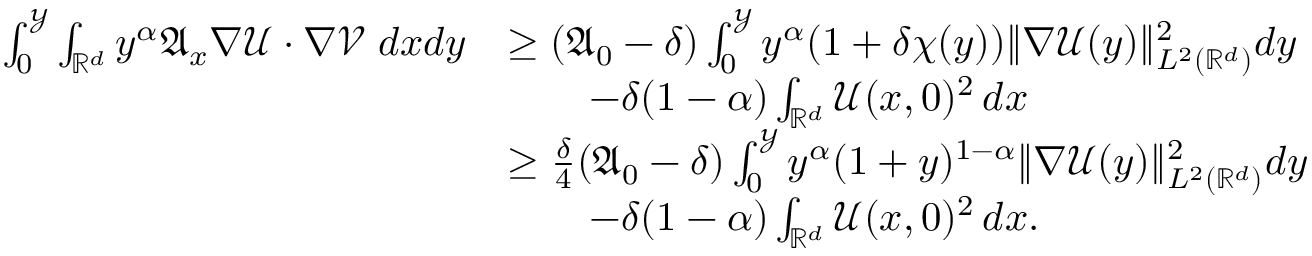
\begin{array} { r l } { \int _ { 0 } ^ { \mathcal { Y } } \int _ { \mathbb { R } ^ { d } } { y ^ { \alpha } \mathfrak { A } _ { x } \nabla \mathcal { U } \cdot \nabla \mathcal { V } \; d x d y } } & { \geq ( \mathfrak { A } _ { 0 } - \delta ) \int _ { 0 } ^ { \mathcal { Y } } { y ^ { \alpha } ( 1 + \delta \chi ( y ) ) \| \nabla \mathcal { U } ( y ) \| _ { L ^ { 2 } ( \mathbb { R } ^ { d } ) } ^ { 2 } d y } } \\ & { \qquad - \delta ( 1 - \alpha ) \int _ { \mathbb { R } ^ { d } } { \mathcal { U } ( x , 0 ) ^ { 2 } \, d x } } \\ & { \geq \frac { \delta } { 4 } ( \mathfrak { A } _ { 0 } - \delta ) \int _ { 0 } ^ { \mathcal { Y } } { y ^ { \alpha } ( 1 + y ) ^ { 1 - \alpha } \| \nabla \mathcal { U } ( y ) \| _ { L ^ { 2 } ( \mathbb { R } ^ { d } ) } ^ { 2 } d y } } \\ & { \qquad - \delta ( 1 - \alpha ) \int _ { \mathbb { R } ^ { d } } { \mathcal { U } ( x , 0 ) ^ { 2 } \, d x } . } \end{array}